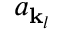
a _ { \mathbf { k } _ { l } }